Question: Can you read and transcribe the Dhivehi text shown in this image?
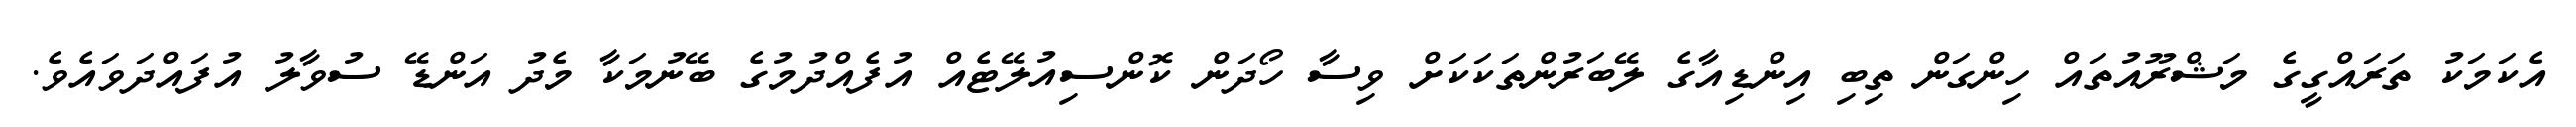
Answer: އެކަމަކު ތަރައްގީގެ މަޝްރޫއުތައް ހިންގަން ތިބި އިންޑިއާގެ ލޭބަރުންތަކަކަށް ވިސާ ހޯދަން ކޮންސިއުލޭޓެއް އުފެއްދުމުގެ ބޭނުމަކާ މެދު އަންޑޭ ސުވާލު އުފައްދަވައެވެ.